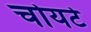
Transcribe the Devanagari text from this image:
चोयटे